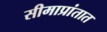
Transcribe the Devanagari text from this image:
सीमाप्रांतात